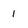
Character: 1